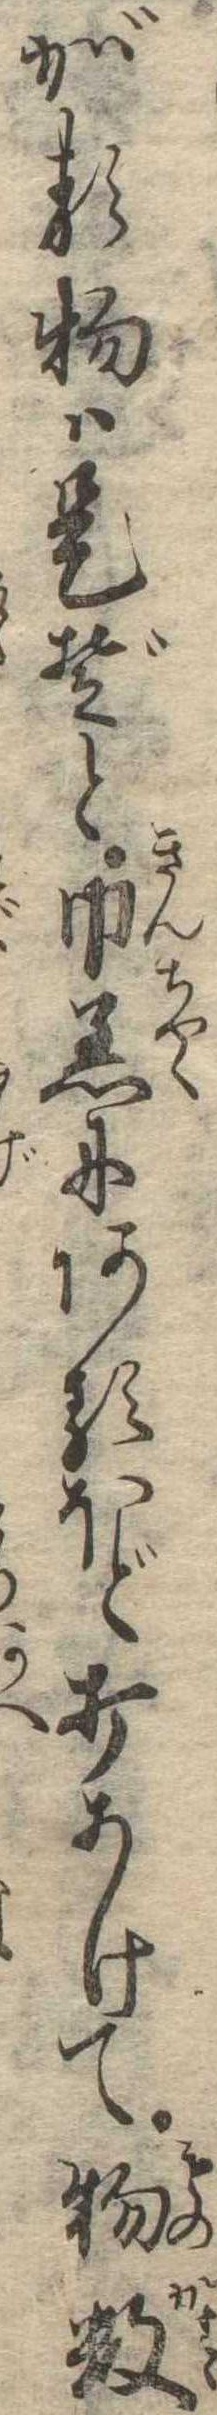
がる物は是ぞと巾着にあるほど打あけて物数